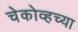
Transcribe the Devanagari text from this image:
चेकोव्हच्या